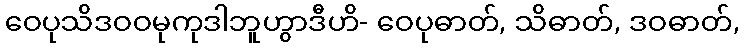
ဝေပုသိဒဝဝမုကုဒါဘူဟွာဒီဟိ- ဝေပုဓာတ်, သိဓာတ်, ဒဝဓာတ်,